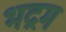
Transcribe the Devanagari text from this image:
भद्रम